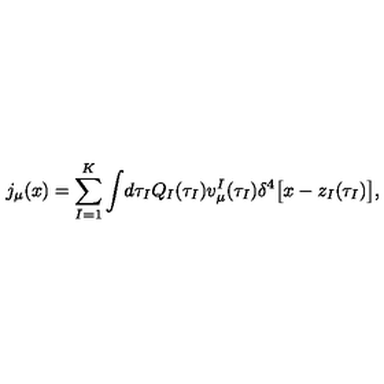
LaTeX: j _ { \mu } ( x ) = \sum _ { I = 1 } ^ { K } \int \! d \tau _ { I } Q _ { I } ( \tau _ { I } ) v _ { \mu } ^ { I } ( \tau _ { I } ) \delta ^ { 4 } \bigl [ x - z _ { I } ( \tau _ { I } ) \bigr ] ,